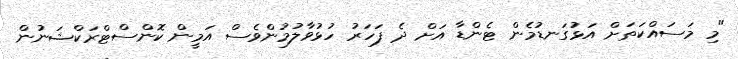
"މި މަސައްކަތަށް އަޅުގަނޑުމެން ޓެންޑާ އަށް ދެ ފަހަރު ހުޅުވާލުމުންވެސް އަމީން ކޮންސްޓްރަކްޝަނުން